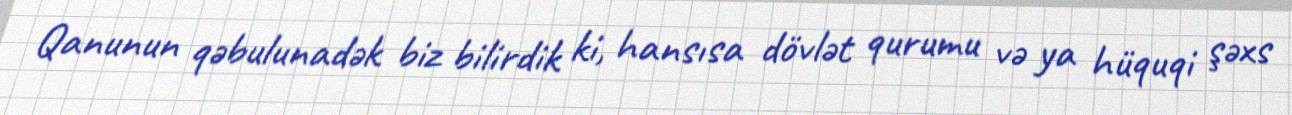
Qanunun qəbulunadək biz bilirdik ki, hansısa dövlət qurumu və ya hüquqi şəxs